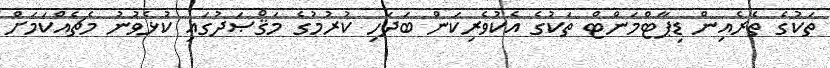
ތަކުގެ ތެރެއިން ޑިޕާޓްމަންޓް ތަކުގެ އެކުވެރިކަން ބަދަހި ކުރުމުގެ މަޤްޞަދުގައި ކުޅެވުނު މެޗެއްކަމަށް